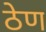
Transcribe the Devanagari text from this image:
ठेण